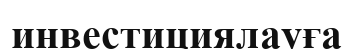
инвестициялауға